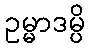
ဥမ္မာဒမ္ပိ